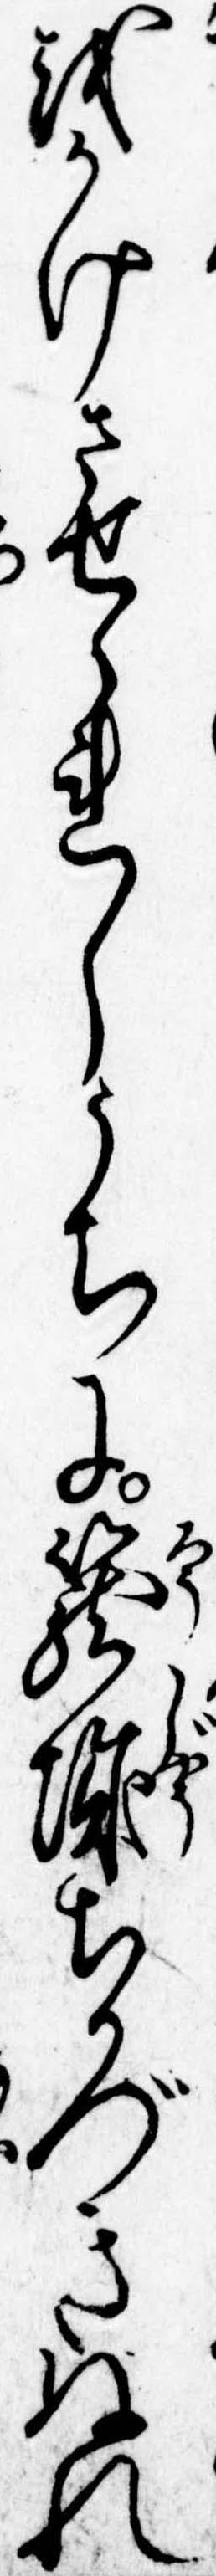
をかけさせられしうちに篭城ちかづきぬれ